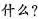
什么?